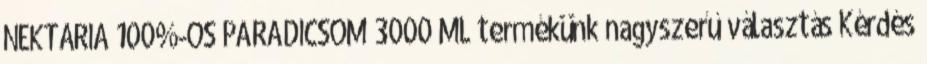
NEKTÁRIA 100%-OS PARADICSOM 3000 ML termékünk nagyszerű választás Kérdés